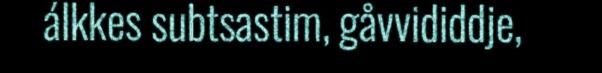
álkkes subtsastim, gåvvididdje,